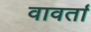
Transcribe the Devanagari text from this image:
वावर्ता